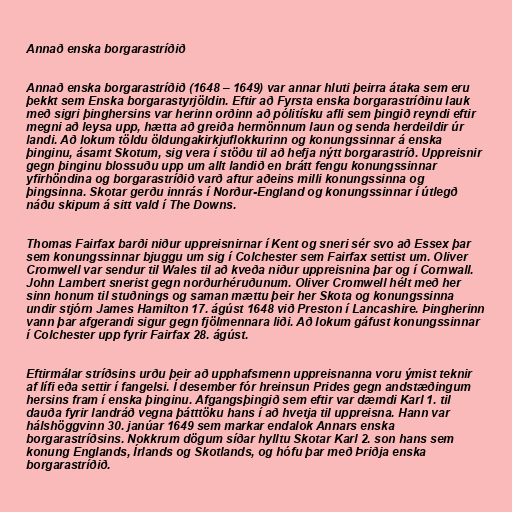
Annað enska borgarastríðið

Annað enska borgarastríðið (1648 – 1649) var annar hluti þeirra átaka sem eru
þekkt sem Enska borgarastyrjöldin. Eftir að Fyrsta enska borgarastríðinu lauk
með sigri þinghersins var herinn orðinn að pólitísku afli sem þingið reyndi eftir
megni að leysa upp, hætta að greiða hermönnum laun og senda herdeildir úr
landi. Að lokum töldu öldungakirkjuflokkurinn og konungssinnar á enska
þinginu, ásamt Skotum, sig vera í stöðu til að hefja nýtt borgarastríð. Uppreisnir
gegn þinginu blossuðu upp um allt landið en brátt fengu konungssinnar
yfirhöndina og borgarastríðið varð aftur aðeins milli konungssinna og
þingsinna. Skotar gerðu innrás í Norður-England og konungssinnar í útlegð
náðu skipum á sitt vald í The Downs.

Thomas Fairfax barði niður uppreisnirnar í Kent og sneri sér svo að Essex þar
sem konungssinnar bjuggu um sig í Colchester sem Fairfax settist um. Oliver
Cromwell var sendur til Wales til að kveða niður uppreisnina þar og í Cornwall.
John Lambert snerist gegn norðurhéruðunum. Oliver Cromwell hélt með her
sinn honum til stuðnings og saman mættu þeir her Skota og konungssinna
undir stjórn James Hamilton 17. ágúst 1648 við Preston í Lancashire. Þingherinn
vann þar afgerandi sigur gegn fjölmennara liði. Að lokum gáfust konungssinnar
í Colchester upp fyrir Fairfax 28. ágúst.

Eftirmálar stríðsins urðu þeir að upphafsmenn uppreisnanna voru ýmist teknir
af lífi eða settir í fangelsi. Í desember fór hreinsun Prides gegn andstæðingum
hersins fram í enska þinginu. Afgangsþingið sem eftir var dæmdi Karl 1. til
dauða fyrir landráð vegna þátttöku hans í að hvetja til uppreisna. Hann var
hálshöggvinn 30. janúar 1649 sem markar endalok Annars enska
borgarastríðsins. Nokkrum dögum síðar hylltu Skotar Karl 2. son hans sem
konung Englands, Írlands og Skotlands, og hófu þar með Þriðja enska
borgarastríðið.